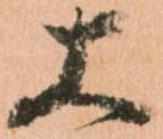
大